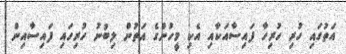
އަތުގައި ހުރި ހުރިހާ ފައިސާއަކާއި އެކި މީހުންގެ އަތުން ލިބުނު ހުރިހައި ފައިސާއިން